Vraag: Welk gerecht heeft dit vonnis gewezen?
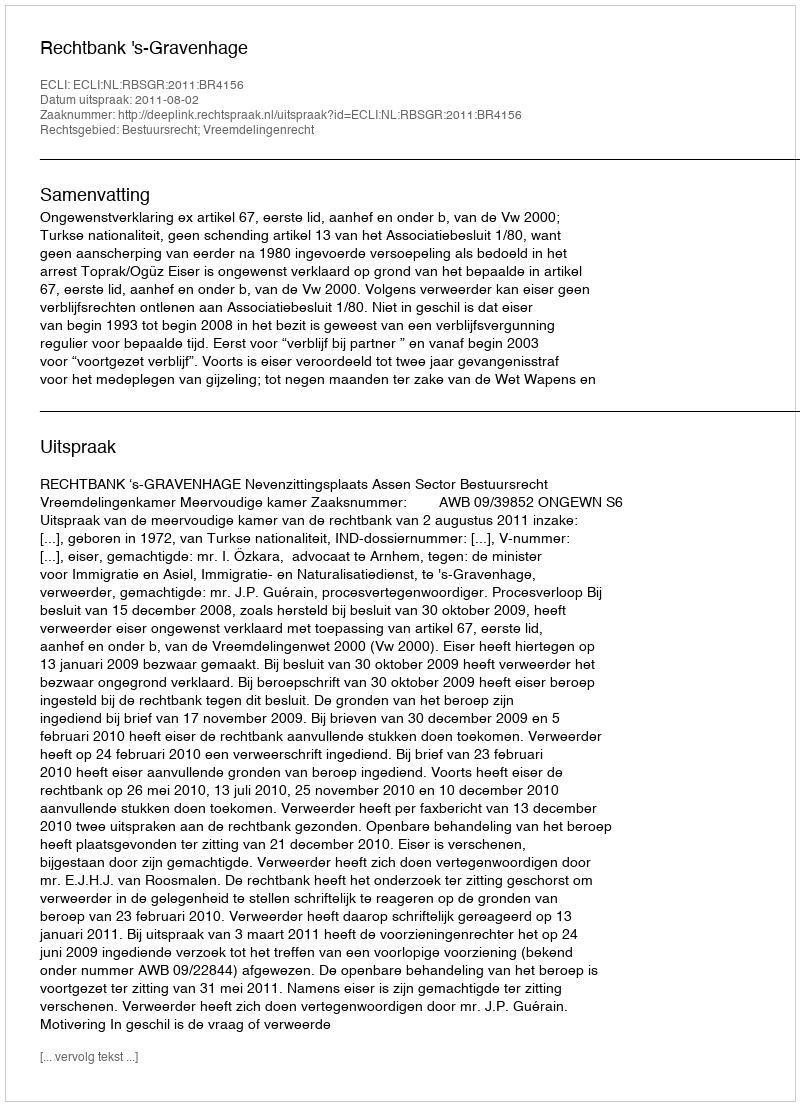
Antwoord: Rechtbank 's-Gravenhage